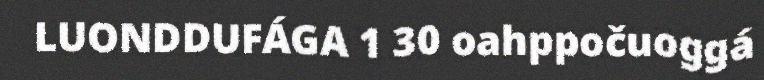
LUONDDUFÁGA 1 30 oahppočuoggá